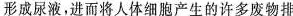
形成尿液，进而将人体细胞产生的许多废物排